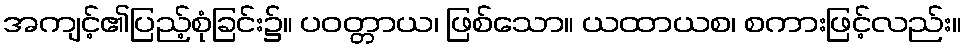
အကျင့်၏ပြည့်စုံခြင်း၌။ ပဝတ္တာယ၊ ဖြစ်သော။ ယထာယစ၊ စကားဖြင့်လည်း။